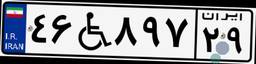
۴۶W۸۹۷۲۹